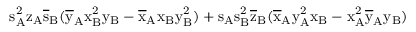
\mathrm { s _ { A } ^ { 2 } \mathrm { z _ { A } \mathrm { \overline { { s } } _ { B } ( \mathrm { \overline { { y } } _ { A } \mathrm { x _ { B } ^ { 2 } \mathrm { y _ { B } - \mathrm { \overline { { x } } _ { A } \mathrm { x _ { B } \mathrm { y _ { B } ^ { 2 } ) + \mathrm { s _ { A } \mathrm { s _ { B } ^ { 2 } \mathrm { \overline { { z } } _ { B } ( \mathrm { \overline { { x } } _ { A } \mathrm { y _ { A } ^ { 2 } \mathrm { x _ { B } - \mathrm { x _ { A } ^ { 2 } \mathrm { \overline { { y } } _ { A } \mathrm { y _ { B } ) } } } } } } } } } } } } } } } } } }